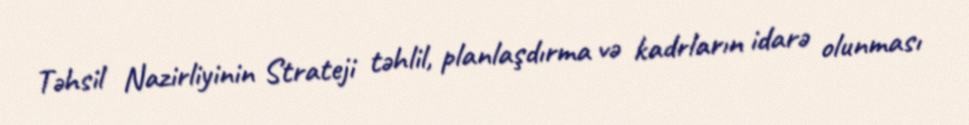
Təhsil Nazirliyinin Strateji təhlil, planlaşdırma və kadrların idarə olunması